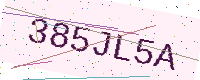
Text: 385JL5A